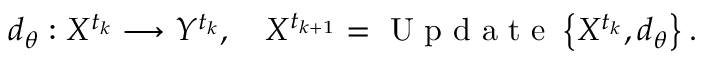
d _ { \theta } : X ^ { t _ { k } } \longrightarrow Y ^ { t _ { k } } , \quad X ^ { t _ { k + 1 } } = \mathrm { ~ U ~ p ~ d ~ a ~ t ~ e ~ } \left\{ X ^ { t _ { k } } , d _ { \theta } \right\} .